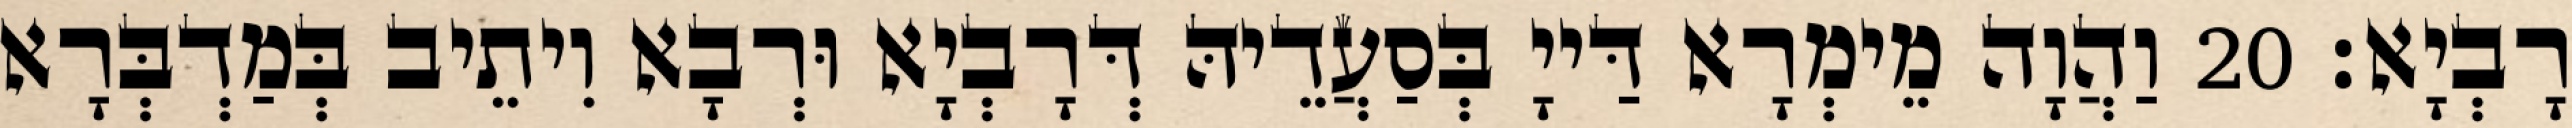
רָבְיָא׃ 20 וַהֲוָה מֵימְרָא דַּייָ בְּסַעֲדֵיהּ דְּרָבְיָא וּרְבָא וִיתֵיב בְּמַדְבְּרָא